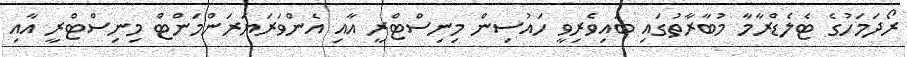
ރޯދަމަހުގެ ޓެލެޑްރާމާ މުބާރާތުގައި ބައިވެރިވީ ހައުސިން މިނިސްޓްރީ އާއި އެންވަރަޔަރަންމަންޓް މިނިސްޓްރީ އާއި